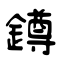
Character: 鐏